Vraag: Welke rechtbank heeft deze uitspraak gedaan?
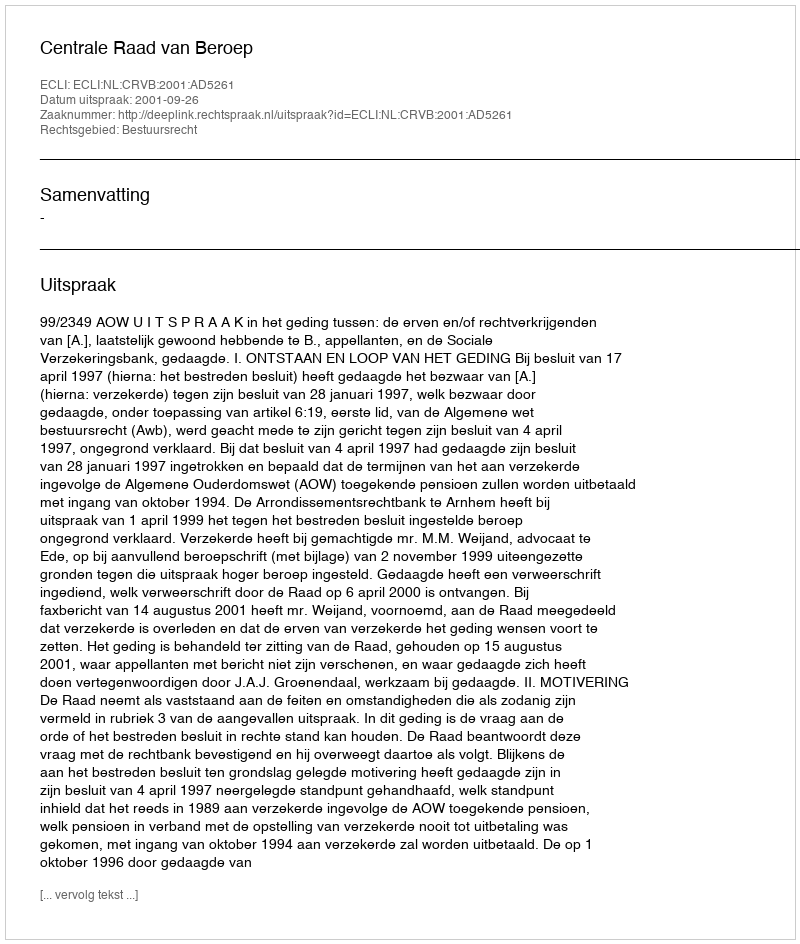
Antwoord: Centrale Raad van Beroep